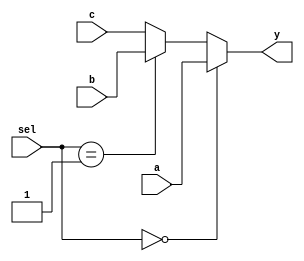
module mux_7bit_3_1(a, b, c, sel, y);
    input[6:0] a, b, c;
    input[1:0] sel;
    output[6:0] y;
	assign y = (sel==2'b00) ? a :
               (sel==2'b01) ? b : c;
endmodule